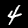
Label: 4